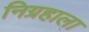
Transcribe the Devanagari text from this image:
निग्रहाला